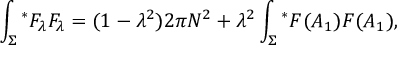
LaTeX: \int _ { \Sigma } { ^ \ast F _ { \lambda } } F _ { \lambda } = ( 1 - { \lambda } ^ { 2 } ) 2 \pi N ^ { 2 } + { \lambda } ^ { 2 } \int _ { \Sigma } { ^ \ast F ( A _ { 1 } ) F ( A _ { 1 } ) } ,